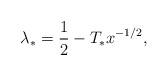
LaTeX: \begin{align*} \lambda_*=\frac{1}{2}-T_*x^{-1/2},\end{align*}